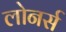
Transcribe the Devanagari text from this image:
लोनर्स